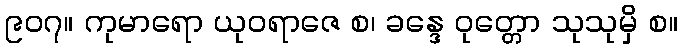
၉၀၇။ ကုမာရော ယုဝရာဇေ စ၊ ခန္ဒေ ဝုတ္တော သုသုမှိ စ။